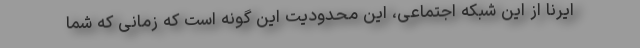
ایرنا از این شبکه اجتماعی، این محدودیت این گونه است که زمانی که شما